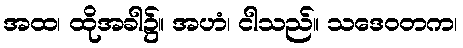
အထ၊ ထိုအခါ၌။ အဟံ၊ ငါသည်။ သဒေဝတက၊